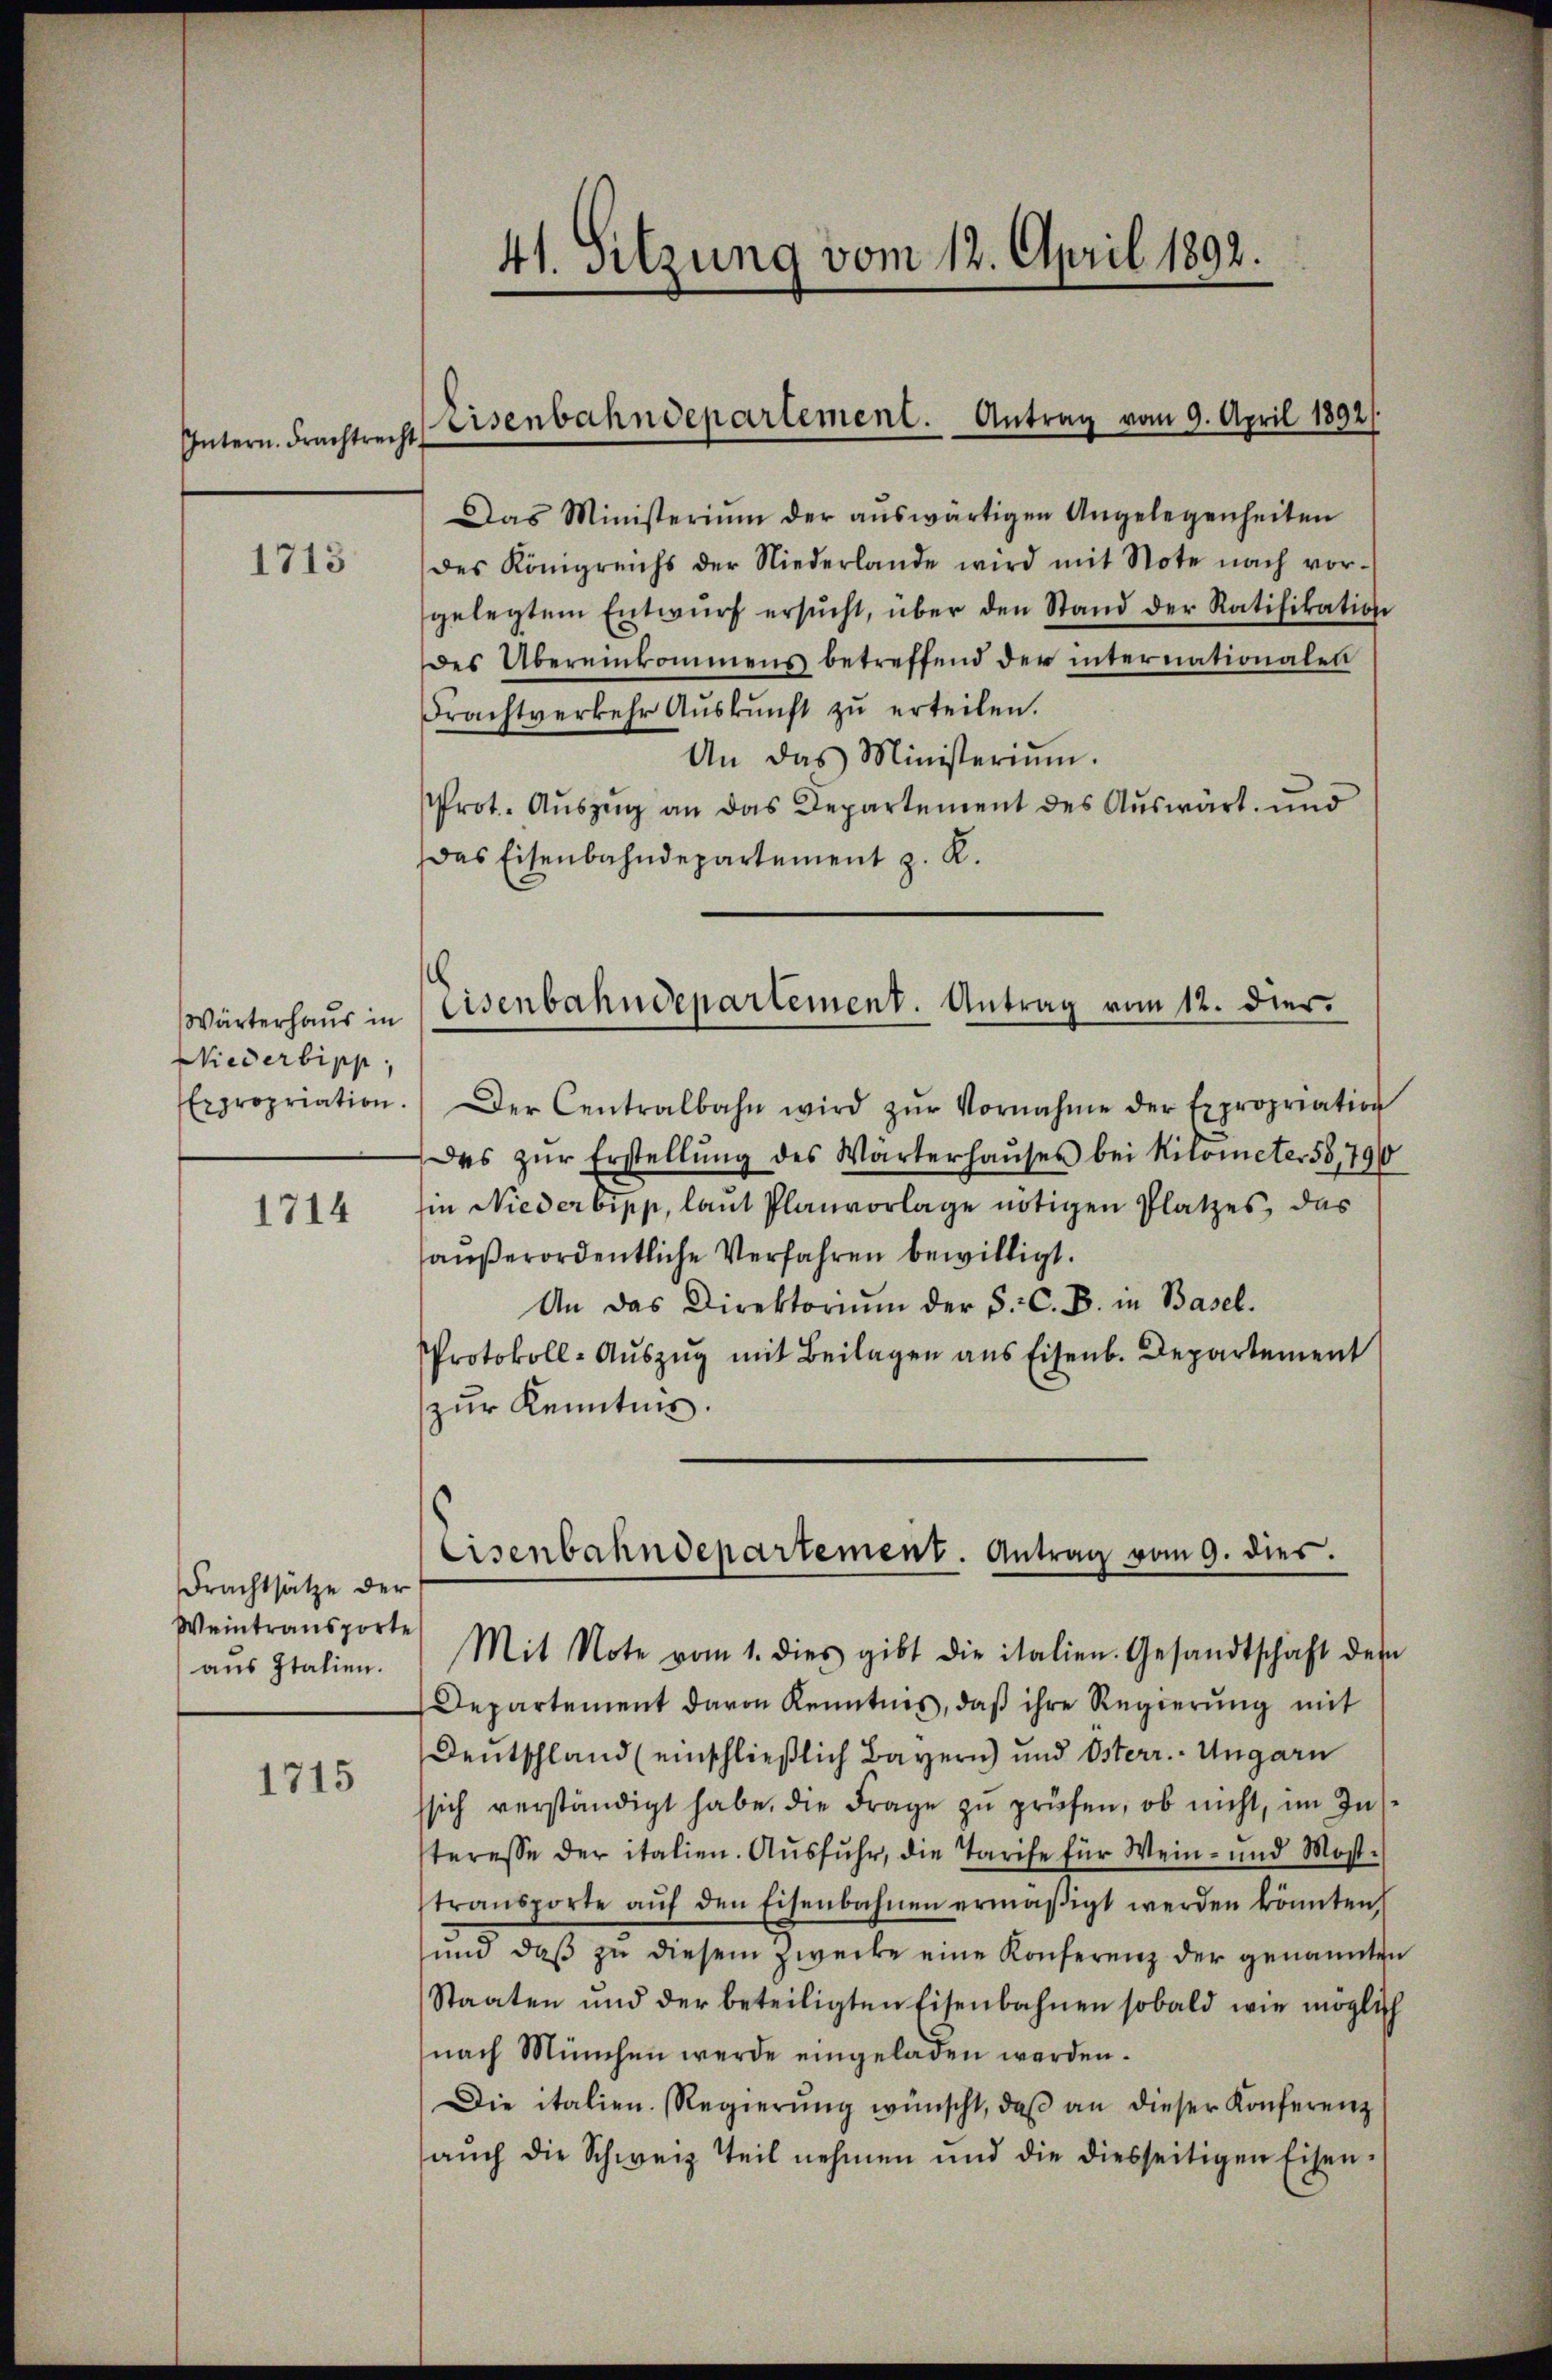
Intern. Frachtrecht

1713

Wärterhaus in
Niederbipp,
Expropriation.

1714

Frachtsätze der
Weintransporte
aus Italien.

1715

41. Sitzung vom 12. April 1892.

Eisenbahndepartement. Antrag vom 9. April 1892/

Das Ministerium der aŭswärtigen Angelegenheiten
des Königreichs der Niederlande wird mit Note nach vor-
gelegtem Entwŭrf ersŭcht, über den Stand der Ratifikation
des Übereinkommens betreffend der internationalen
Frachtverkehr Aŭskŭnft zŭ erteilen.
An das Ministerium.
Prot. Auszug an das Departement des Auswärt und
Das Eisenbahndepartement z. K.
Der Centralbahn wird zŭr Vornahme der Expropriation
Das zŭr Erstellŭng des Wärterhaŭses bei Kilometer 58,794
in Niederbipp, laut Planvorlage nötigen Platzes, das
außerordentliche Verfahren bewilligt.
An das Direktoriŭm der S. C. B. in Basel.
Protokoll-Aŭszŭg mit Beilagen ans Eisenb. Departement
zŭr Kenntnis.
Mit Note vom 1. dies gibt die italien. Gesandtschaft des
Departement davon Kenntnis, daß ihre Regierung mit
Deutschland (einschließlich Bayern) und Osterr.- Ungarn
ssich verständigt habe, die Frage zŭ prüfen, ob nicht, im In
steresse der italien. Ausfuhr, die Tarife für Wein- und Mosttransporte aŭf den Eisenbahnen ermäβigt werden könnten,
und daß zu diesem Zwecke eine Konferenz der genannte
Staaten und der beteiligten Eisenbahnen sobald wie möglic
nach München werde eingeladen werden.
Die italien. Regierŭng wünscht, daβ an dieser Konferenz
auch die Schweiz Teil nehmen und die diesseitigen Eisen¬

l
Eisenbahndepartement. Antrag vom 12. dies

Eisenbahndepartement. Antrag vom 9. dies